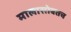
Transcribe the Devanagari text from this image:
मालासोबतच